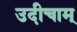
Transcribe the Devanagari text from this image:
उदीचाम्